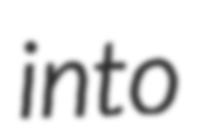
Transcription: into